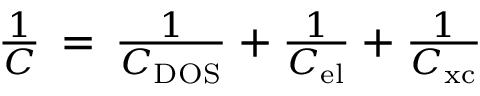
\begin{array} { r } { \frac { 1 } { C } \, = \, \frac { 1 } { C _ { \mathrm { D O S } } } + \frac { 1 } { C _ { \mathrm { e l } } } + \frac { 1 } { C _ { \mathrm { x c } } } } \end{array}